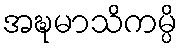
အဍ္ဎမာသိကမ္ပိ